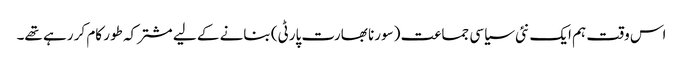
اس وقت ہم ایک نئی سیاسی جماعت (سورنا بھارت پارٹی) بنانے کے لیے مشترکہ طور کام کر رہے تھے۔